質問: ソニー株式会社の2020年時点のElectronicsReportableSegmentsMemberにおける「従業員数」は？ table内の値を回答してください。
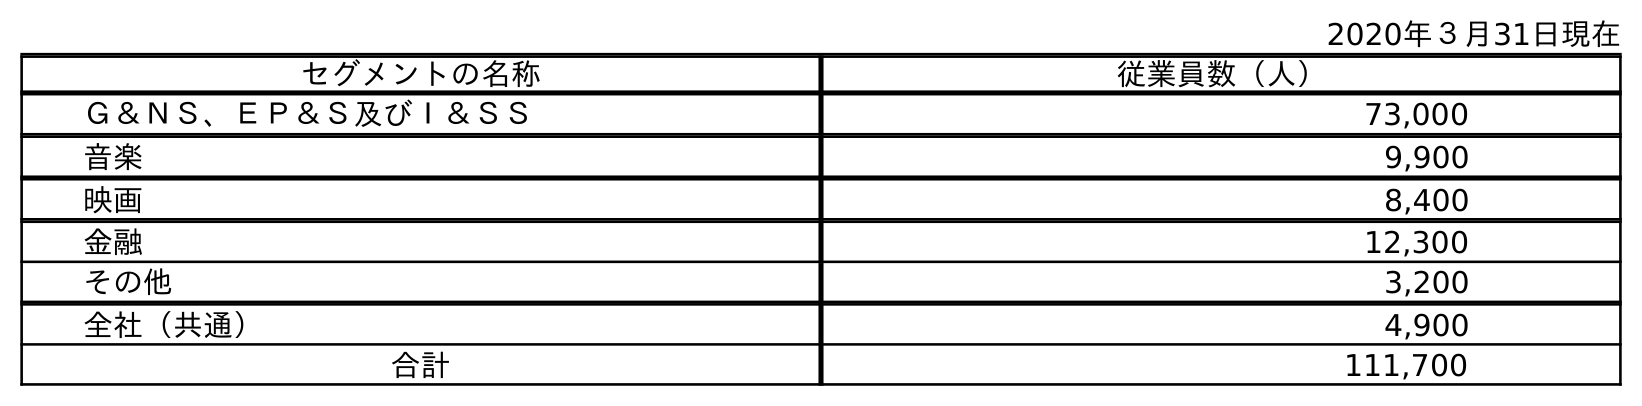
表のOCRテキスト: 2020年３月31日現在 セグメントの名称 従業員数（人） Ｇ＆ＮＳ、ＥＰ＆Ｓ及びＩ＆ＳＳ 73,000 音楽 9,900 映画 8,400 金融 12,300 その他 3,200 全社（共通） 4,900 合計 111,700
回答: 73,000